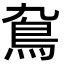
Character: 䲥